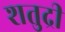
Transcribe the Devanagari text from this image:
शतुद्री